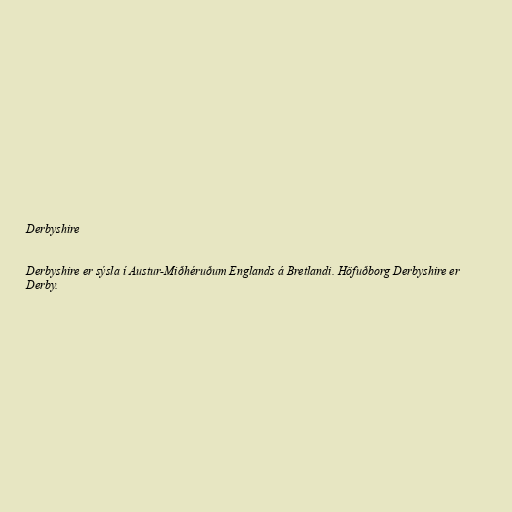
Derbyshire

Derbyshire er sýsla í Austur-Miðhéruðum Englands á Bretlandi. Höfuðborg Derbyshire er
Derby.